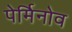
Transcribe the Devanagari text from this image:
पेर्मिनोव